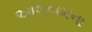
આલબમના